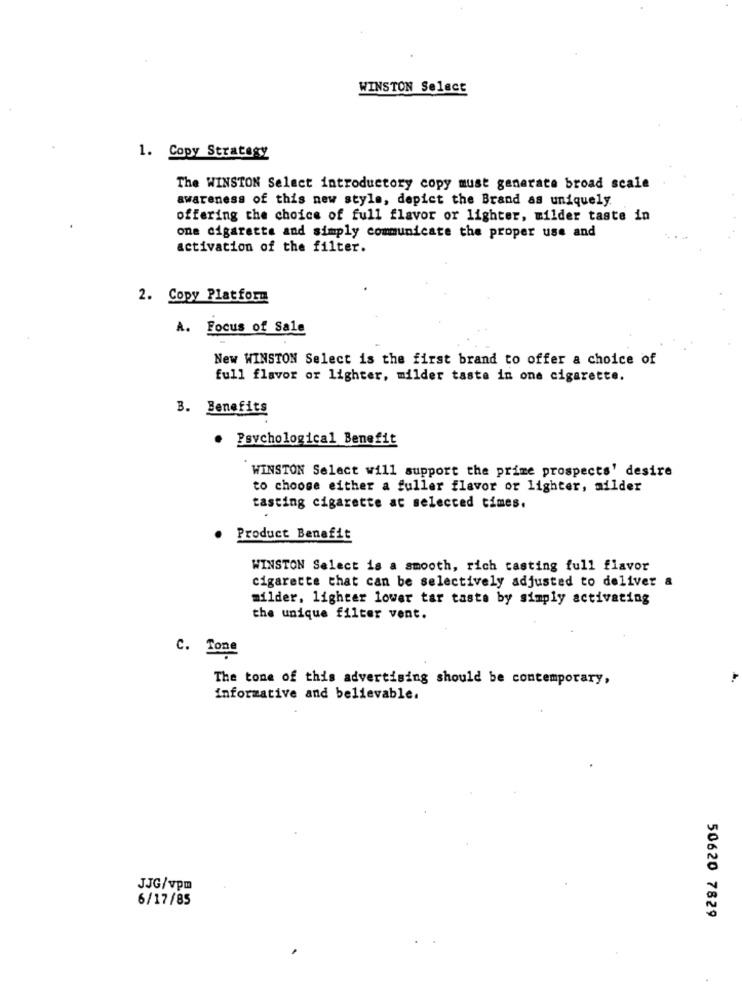
WINSTON Select
1. Copy Strategy
The WINSTON Select introductory copy must generate broad scale
awareness of this new style, depict the Brand as uniquely
offering the choice of full flavor or lighter, milder taste in
one cigaretta and simply communicate the proper use and
activation of the filter.
2. Copy Platform
A. Focus of Sale
New WINSTON Select is the first brand to offer a choice of
full flavor or lighter, milder taste in one cigarette.
3. Benefits
Psychological Benefit
WINSTON Select will support the prime prospects' desire
to choose either a fuller flavor or lighter, ailder
tasting cigarette at selected times.
Product Benefit
WINSTON Select is a smooth, rich casting full flavor
cigarette that can be selectively adjusted to deliver a
milder, lighter lower tar taste by simply activating
the unique filter vent.
C. Tone
The tone of this advertising should be contemporary,
informative and believable.
JJG/vpm
6/17/85
50620 7829